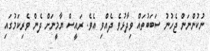
ނުކުންނަން ޖެހުނު ސަބަބުތައް ވިދާޅުވެ ދެއްވި އެވެ. ރައީސް ޔާމީނަށް ދެން ވެރިކަމުގައި